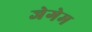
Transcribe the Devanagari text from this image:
जेगेम